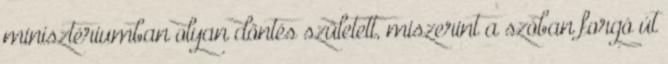
minisztériumban olyan döntés született, miszerint a szóban forgó út